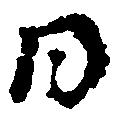
日